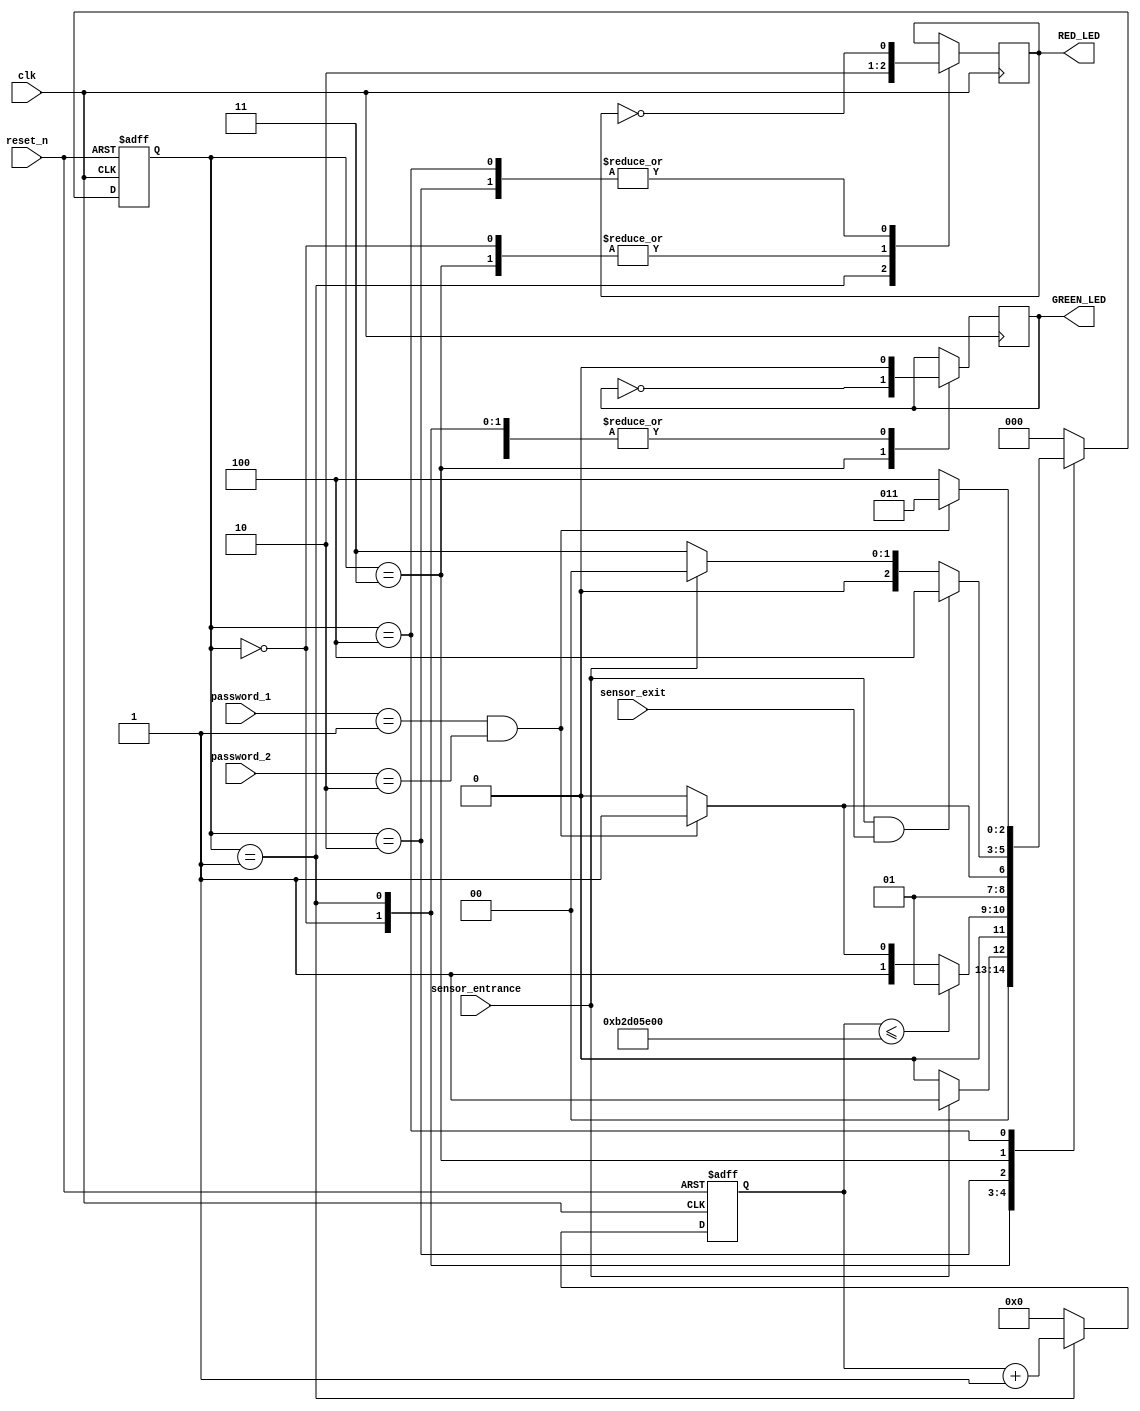
module parking_system( 
                input clk,reset_n,
 input sensor_entrance, sensor_exit, 
 input [1:0] password_1, password_2,
 output wire GREEN_LED,RED_LED,
    );
 parameter IDLE = 3'b000, WAIT_PASSWORD = 3'b001, WRONG_PASS = 3'b010, RIGHT_PASS = 3'b011,STOP = 3'b100;
 // Moore FSM : output just depends on the current state
 reg[2:0] current_state, next_state;
 reg[31:0] counter_wait;
 reg red_tmp,green_tmp;
 // Next state
 always @(posedge clk or negedge reset_n)
 begin
 if(~reset_n) 
 current_state = IDLE;
 else
 current_state = next_state;
 end
 // counter_wait
 always @(posedge clk or negedge reset_n) 
 begin
 if(~reset_n) 
 counter_wait <= 0;
 else if(current_state==WAIT_PASSWORD)
 counter_wait <= counter_wait + 1;
 else 
 counter_wait <= 0;
 end

 always @(*)
 begin
 case(current_state)
 IDLE: begin
         if(sensor_entrance == 1)
 next_state = WAIT_PASSWORD;
 else
 next_state = IDLE;
 end
 WAIT_PASSWORD: begin
   if(counter_wait <= 3000000000)
 next_state = WAIT_PASSWORD;
 else 
 begin
 if((password_1==2'b01)&&(password_2==2'b10))
 next_state = RIGHT_PASS;
 else
 next_state = WRONG_PASS;
 end
 end
 WRONG_PASS: begin
 if((password_1==2'b01)&&(password_2==2'b10))
 next_state = RIGHT_PASS;
 else
 next_state = WRONG_PASS;
 end
 RIGHT_PASS: begin
 if(sensor_entrance==1 && sensor_exit == 1)
 next_state = STOP;
   else if(sensor_entrance == 1)
 next_state = IDLE;
 else
 next_state = RIGHT_PASS;
 end
 STOP: begin
 if((password_1==2'b01)&&(password_2==2'b10))
 next_state = RIGHT_PASS;
 else
 next_state = STOP;
 end
 default: next_state = IDLE;
 endcase
 end
 // LEDs and output, change the period of blinking LEDs here
 always @(posedge clk) begin 
 case(current_state)
 IDLE: begin
 green_tmp = 1'b0;
 red_tmp = 1'b0;
 end
 WAIT_PASSWORD: begin
 green_tmp = 1'b0;
 red_tmp = 1'b1;
 end
 WRONG_PASS: begin
 green_tmp = 1'b0;
 red_tmp = ~red_tmp;
 end
 RIGHT_PASS: begin
 green_tmp = ~green_tmp;
 red_tmp = 1'b0;
 end
 STOP: begin
 green_tmp = 1'b0;
 red_tmp = ~red_tmp;
 end
 endcase
 end
 assign RED_LED = red_tmp  ;
 assign GREEN_LED = green_tmp;

endmodule